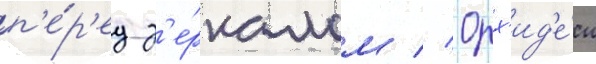
п'е́р'ед з'е́ркалом // Орх'ид'е́и